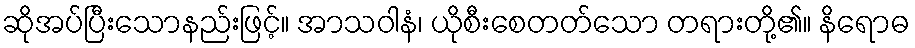
ဆိုအပ်ပြီးသောနည်းဖြင့်။ အာသဝါနံ၊ ယိုစီးစေတတ်သော တရားတို့၏။ နိရောဓ